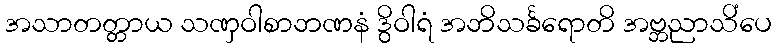
အသာတတ္တာယ သဏှဝါစာဘဏနံ ဒွိဝါရံ အဘိသင်္ခရောတိ အဗ္ဘညာသိံပေ